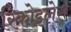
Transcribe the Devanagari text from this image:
रिकोइलेस